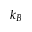
k _ { B }